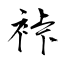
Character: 裃